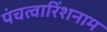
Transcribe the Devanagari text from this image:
पंचत्वारिंशनाम